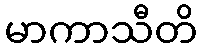
မာကာသီတိ